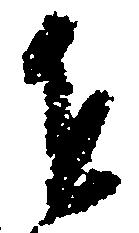
を